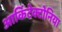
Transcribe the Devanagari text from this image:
आर्किटेक्टोनिया